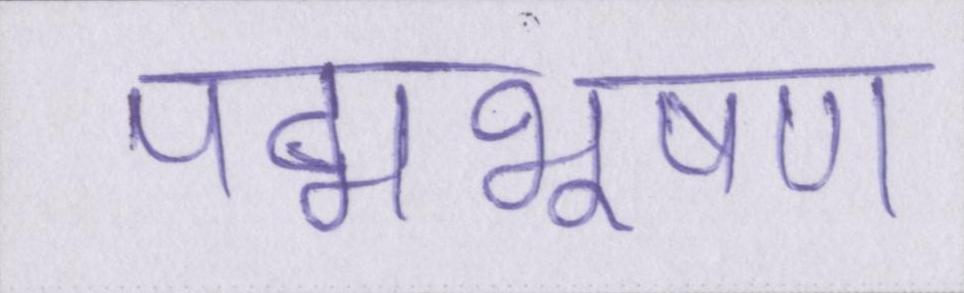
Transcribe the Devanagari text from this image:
पद्मभूषण